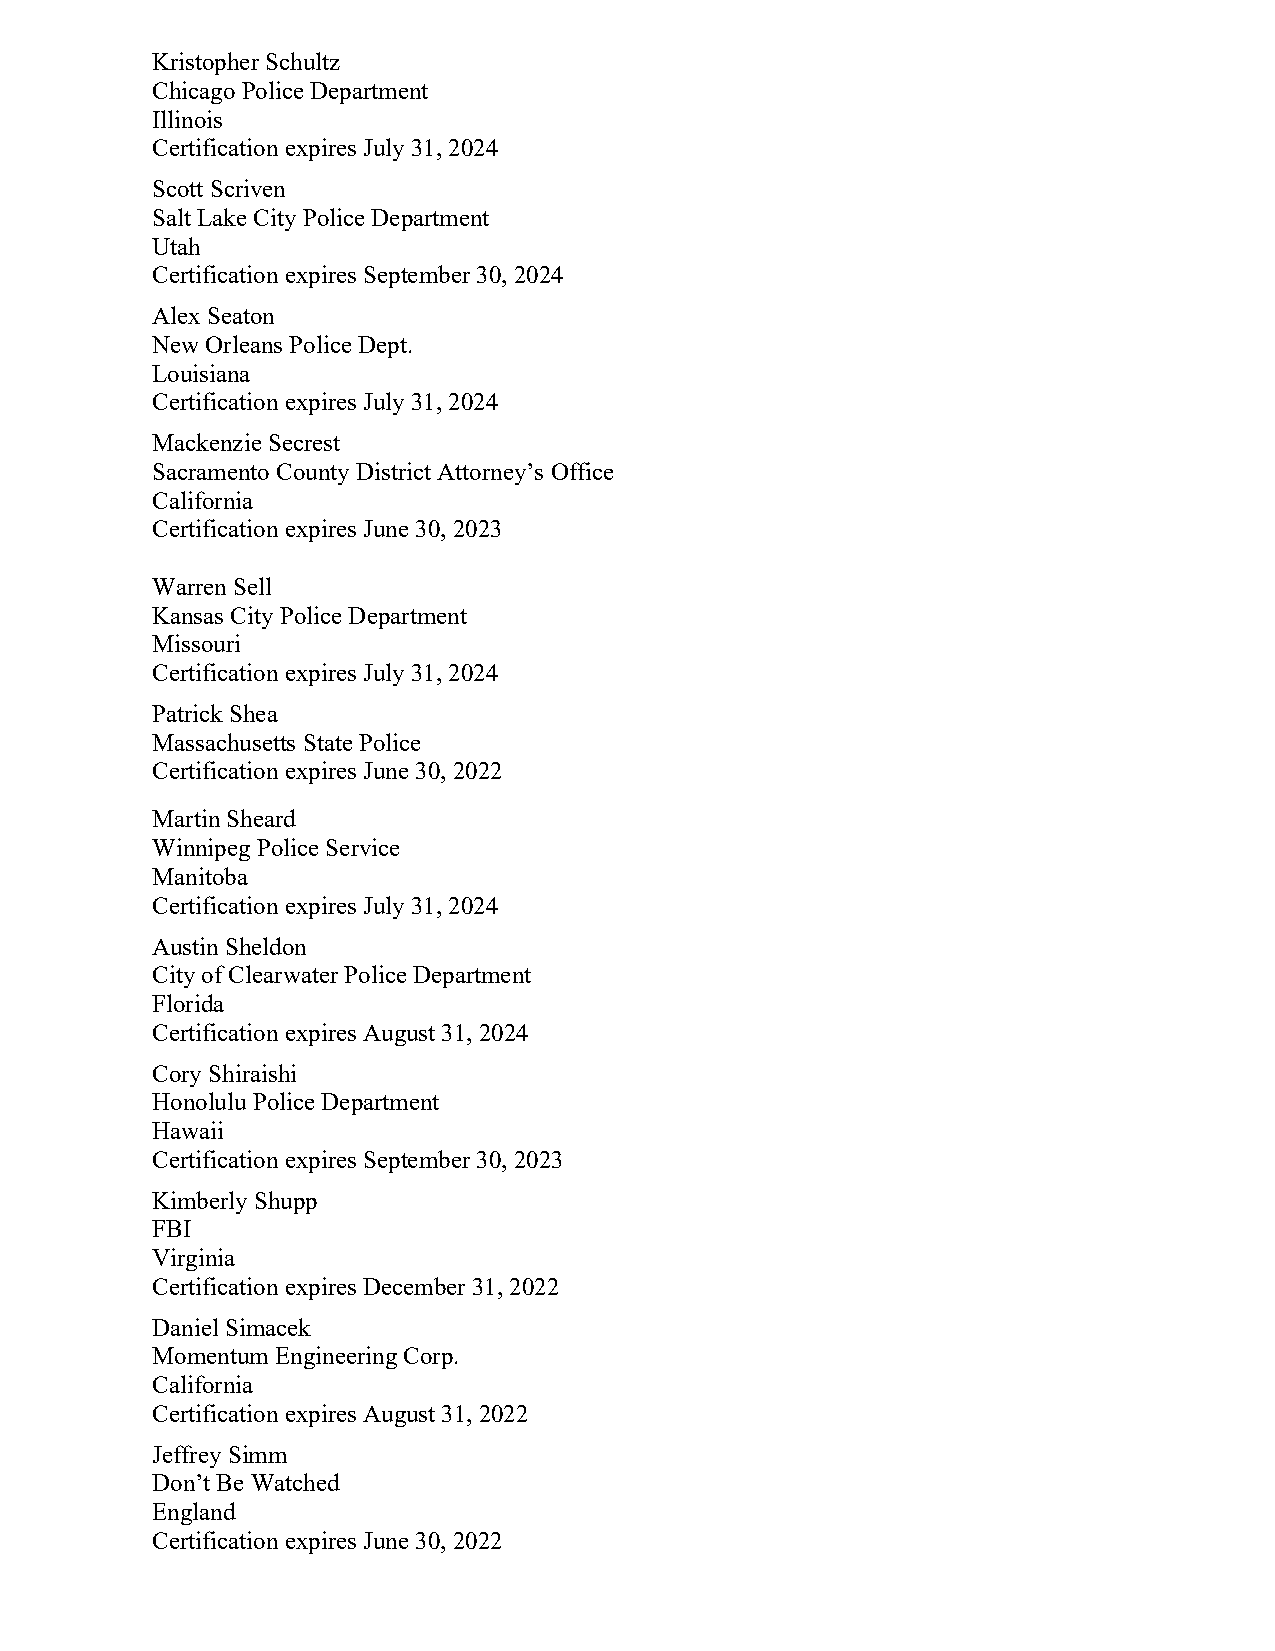
Kristopher Schultz
 Chicago Police Department
 Illinois
 Certification expires July 31, 2024
 Scott Scriven
 Salt Lake City Police Department
 Utah
 Certification expires September 30, 2024
 Alex Seaton
 New Orleans Police Dept.
 Louisiana
 Certification expires July 31, 2024
 Mackenzie Secrest
 Sacramento County District Attorney’s Office
 California
 Certification expires June 30, 2023
 Warren Sell
 Kansas City Police Department
 Missouri
 Certification expires July 31, 2024
 Patrick Shea
 Massachusetts State Police
 Certification expires June 30, 2022
 Martin Sheard
 Winnipeg Police Service
 Manitoba
 Certification expires July 31, 2024
 Austin Sheldon
 City of Clearwater Police Department
 Florida
 Certification expires August 31, 2024
 Cory Shiraishi
 Honolulu Police Department
 Hawaii
 Certification expires September 30, 2023
 Kimberly Shupp
 FBI
 Virginia
 Certification expires December 31, 2022
 Daniel Simacek
 Momentum Engineering Corp.
 California
 Certification expires August 31, 2022
 Jeffrey Simm
 Don’t Be Watched
 England
 Certification expires June 30, 2022